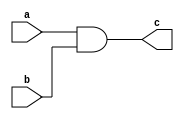
module basic_and(input a, input b, output c);
	assign c = a & b;
endmodule